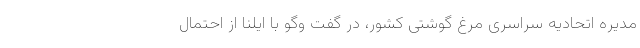
مدیره اتحادیه سراسری مرغ گوشتی کشور، در گفت وگو با ایلنا از احتمال